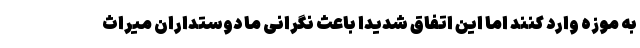
به موزه وارد کنند اما این اتفاق شدیداً باعث نگرانی ما دوستداران میراث